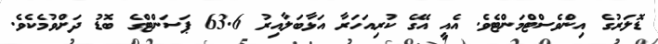
ޑޮލަރުގެ އިންވެސްޓްމަންޓެވެ. އެއީ އޭގެ ކުރިއަހަރާ އަޅާބަލާއިރު 63.6 ޕަސަންޓްގެ ބޮޑު ދަށްވުމެކެވެ.